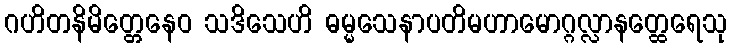
ဂဟိတနိမိတ္တေနေဝ သဒိသေဟိ ဓမ္မသေနာပတိမဟာမောဂ္ဂလ္လာနတ္ထေရေသု